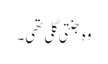
وہ جنتی گلی تھی۔